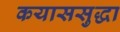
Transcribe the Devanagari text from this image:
कयाससुद्धा